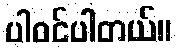
ပါဝင်ပါတယ်။